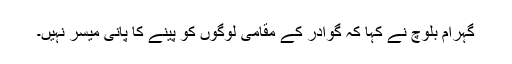
گہرام بلوچ نے کہا کہ گوادر کے مقامی لوگوں کو پینے کا پانی میسر نہیں۔